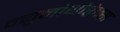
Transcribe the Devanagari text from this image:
न्युमोथोरेक्स